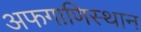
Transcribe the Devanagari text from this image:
अफगाणिस्थान